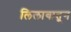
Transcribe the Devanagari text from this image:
लिलावातून